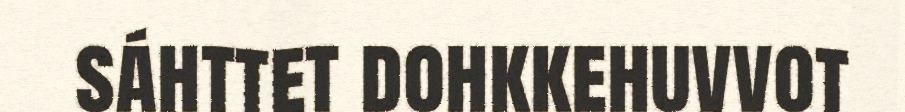
sáhttet dohkkehuvvot